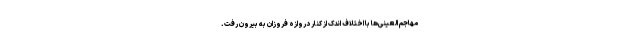
مهاجم العینی‌ها با اختلاف اندک از کنار دروازه فروزان به بیرون رفت.